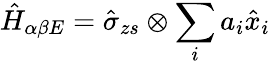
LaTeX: \hat{H}_{\alpha\beta E}=\hat{\sigma}_{zs}\otimes\sum_{i}a_{i}\hat{x}_{i}